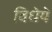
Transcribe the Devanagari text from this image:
विधेये